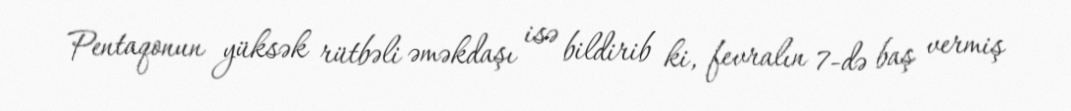
Pentaqonun yüksək rütbəli əməkdaşı isə bildirib ki, fevralın 7-də baş vermiş